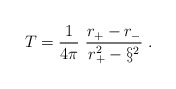
\begin{align*}T = \frac{1}{4\pi} \ \frac{r_+ - r_-}{r_+^2 - \S ^2} \ .\end{align*}